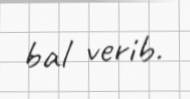
bal verib.